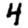
Digit: 4